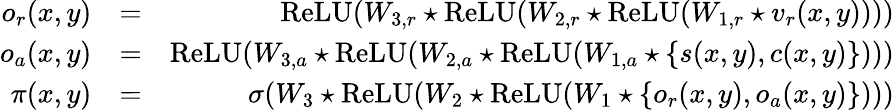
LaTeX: \begin{array}{rlr}{o_{r}(x,y)}&{=}&{\textrm{ReLU}(W_{3,r}\star\textrm{ReLU}(W_{2,r}\star\textrm{ReLU}(W_{1,r}\star v_{r}(x,y))))}\\ {o_{a}(x,y)}&{=}&{\textrm{ReLU}(W_{3,a}\star\textrm{ReLU}(W_{2,a}\star\textrm{ReLU}(W_{1,a}\star\{ s(x,y),c(x,y)\} )))}\\ {\pi(x,y)}&{=}&{\sigma(W_{3}\star\textrm{ReLU}(W_{2}\star\textrm{ReLU}(W_{1}\star\{ o_{r}(x,y),o_{a}(x,y)\} )))}\end{array}